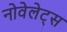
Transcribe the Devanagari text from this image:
नोवेलेट्स